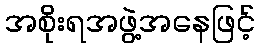
အစိုးရအဖွဲ့အနေဖြင့်